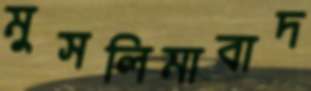
মুসলিমাবাদ